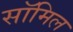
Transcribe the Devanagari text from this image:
सॉमिल